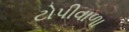
ટોપીવાળા